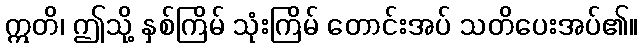
ဣတိ၊ ဤသို့ နှစ်ကြိမ် သုံးကြိမ် တောင်းအပ် သတိပေးအပ်၏။